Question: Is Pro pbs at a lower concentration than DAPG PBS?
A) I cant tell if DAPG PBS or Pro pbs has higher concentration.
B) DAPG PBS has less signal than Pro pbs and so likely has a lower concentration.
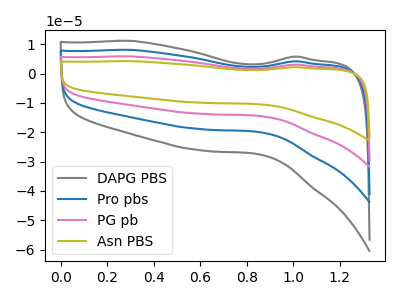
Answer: <think>The gray curve "DAPG PBS" has no peaks. The blue curve "Pro pbs" has no peaks. The pink curve "PG pb" has no peaks. The olive curve "Asn PBS" has no peaks.
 Neither "DAPG PBS" or "Pro pbs" have any peaks.</think>
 <answer>A) I cant tell if "DAPG PBS" or "Pro pbs" has higher concentration.</answer>
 <eval>A</eval>